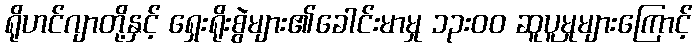
ရိုဟင်ဂျာတို့နှင့် ရှေးရိုးစွဲများ၏ခေါင်းမာမှု ၁၃းဝဝ ဆူပူမှုများကြောင့်